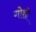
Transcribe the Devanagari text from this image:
गोशी